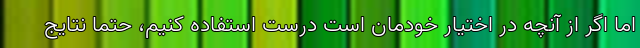
اما اگر از آنچه در اختیار خودمان است درست استفاده کنیم، حتما نتایج